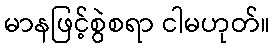
မာနဖြင့်စွဲစရာ ငါမဟုတ်။